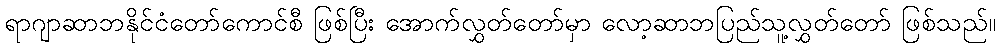
ရာဂျာဆာဘနိုင်ငံတော်ကောင်စီ ဖြစ်ပြီး အောက်လွှတ်တော်မှာ လော့ဆာဘပြည်သူ့လွှတ်တော် ဖြစ်သည်။